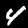
Label: 4